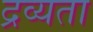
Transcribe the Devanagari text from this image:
द्रव्यता